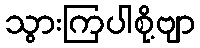
သွားကြပါစို့ဗျာ